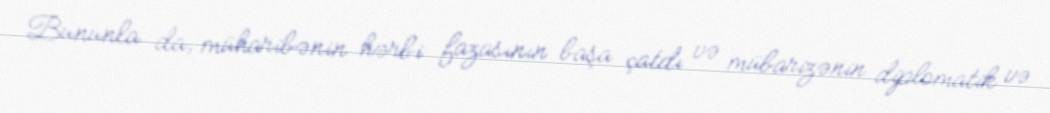
Bununla da, müharibənin hərbi fazasının başa çatdı və mübarizənin diplomatik və